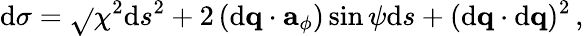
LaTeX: \mathrm{d}\sigma=\sqrt{}{{\chi^{2}\mathrm{d}s^{2}+2\left(\mathrm{d}{\mathbf{q}}\cdot{\mathbf{a}}_{\phi}\right)\sin\psi\mathrm{d}s+(\mathrm{d}{\mathbf{q}}\cdot\mathrm{d}{\mathbf{q}})^{2}}}\, ,